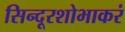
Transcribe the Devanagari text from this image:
सिन्दूरशोभाकरं